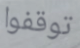
توقفوا